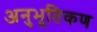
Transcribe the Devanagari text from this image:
अनुभूतिकण